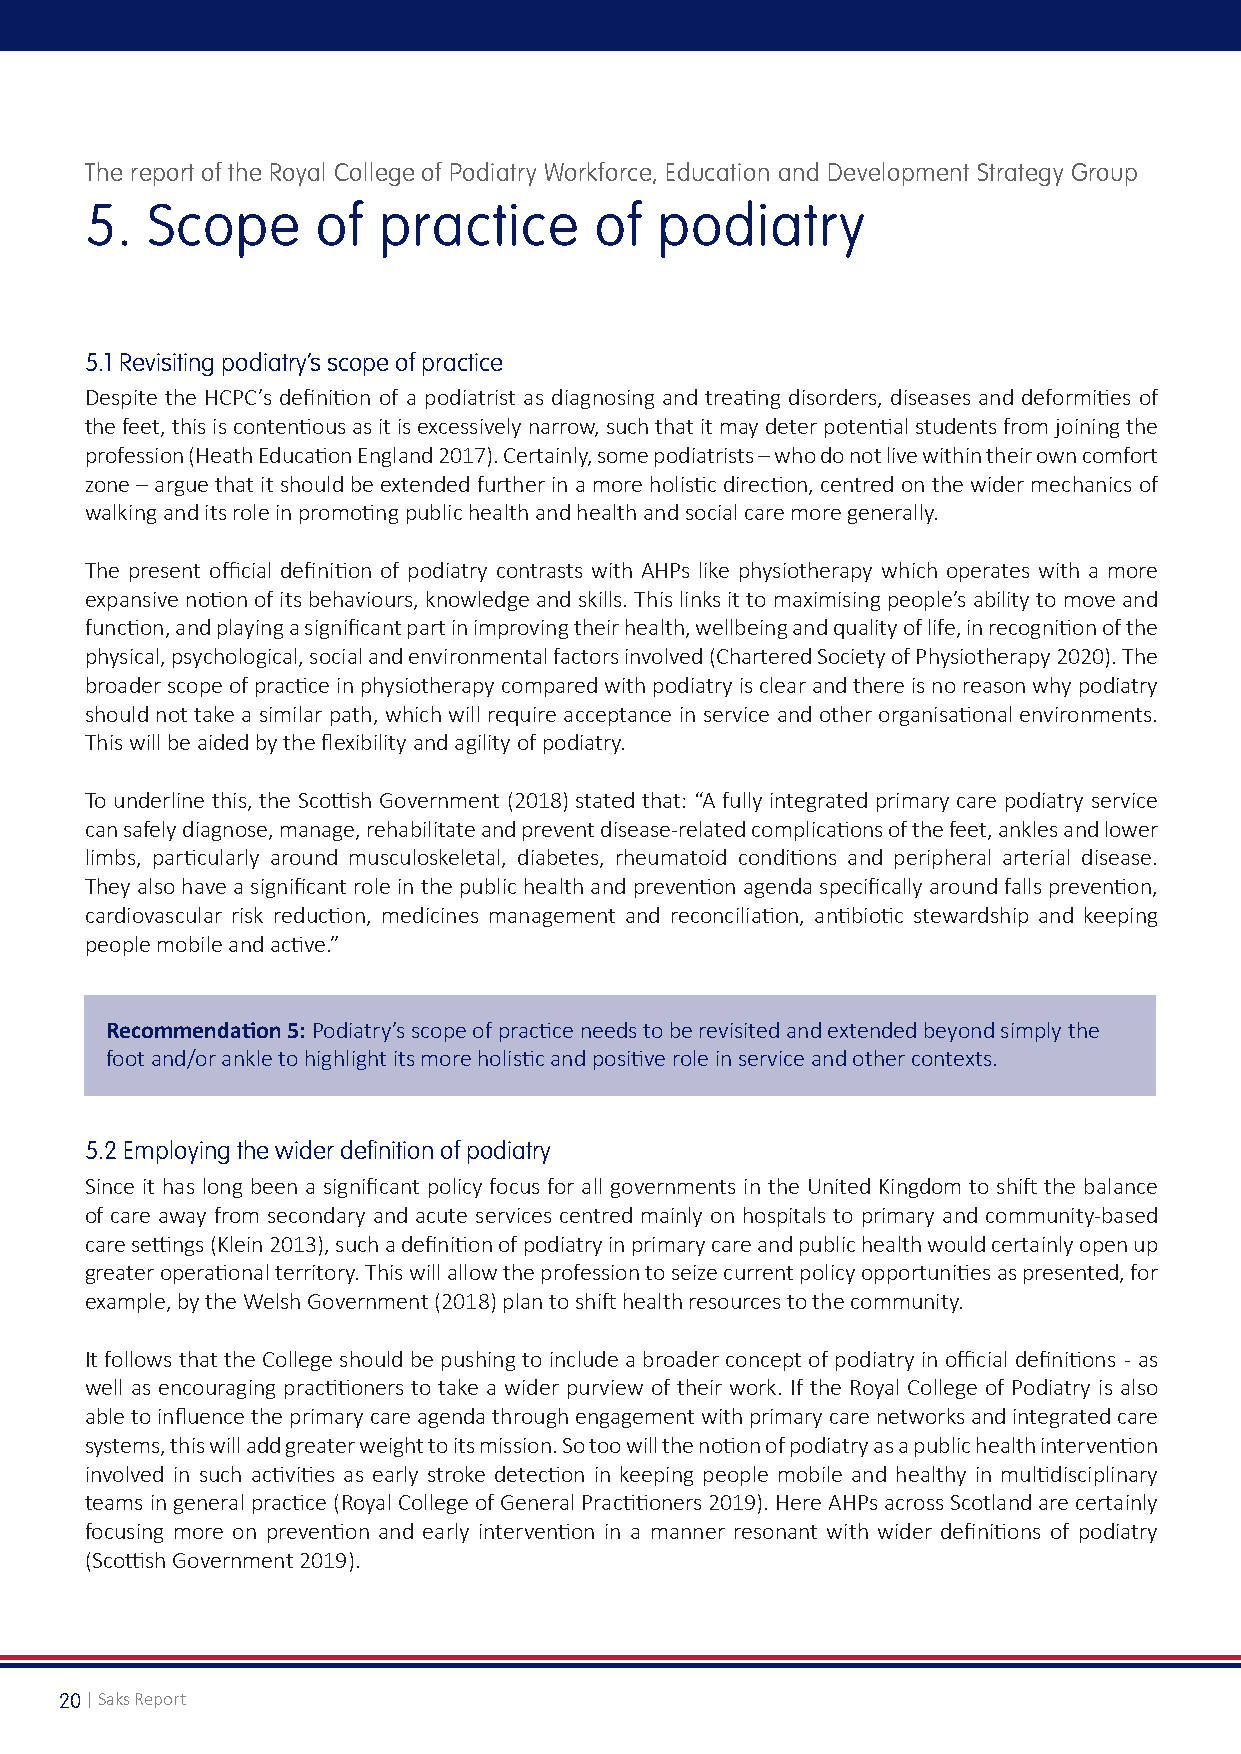
The report of the Royal College of Podiatry Workforce, Education and Development Strategy Group
 5.  Scope      of  practice      of  podiatry
 5.1 Revisiting podiatry’s scope of practice
 Despite the HCPC’s definition of a podiatrist as diagnosing and treating disorders, diseases and deformities of
 the feet, this is contentious as it is excessively narrow, such that it may deter potential students from joining the
 profession (Heath Education England 2017). Certainly, some podiatrists – who do not live within their own comfort
 zone – argue that it should be extended further in a more holistic direction, centred on the wider mechanics of
 walking and its role in promoting public health and health and social care more generally.
 The present official definition of podiatry contrasts with AHPs like physiotherapy which operates with a more
 expansive notion of its behaviours, knowledge and skills. This links it to maximising people’s ability to move and
 function, and playing a significant part in improving their health, wellbeing and quality of life, in recognition of the
 physical, psychological, social and environmental factors involved (Chartered Society of Physiotherapy 2020). The
 broader scope of practice in physiotherapy compared with podiatry is clear and there is no reason why podiatry
 should not take a similar path, which will require acceptance in service and other organisational environments.
 This will be aided by the flexibility and agility of podiatry.
 To underline this, the Scottish Government (2018) stated that: “A fully integrated primary care podiatry service
 can safely diagnose, manage, rehabilitate and prevent disease-related complications of the feet, ankles and lower
 limbs, particularly around musculoskeletal, diabetes, rheumatoid conditions and peripheral arterial disease.
 They also have a significant role in the public health and prevention agenda specifically around falls prevention,
 cardiovascular risk reduction, medicines management and reconciliation, antibiotic stewardship and keeping
 people mobile and active.”
 Recommendation 5: Podiatry’s scope of practice needs to be revisited and extended beyond simply the
 foot and/or ankle to highlight its more holistic and positive role in service and other contexts.
 5.2 Employing the wider definition of podiatry
 Since it has long been a significant policy focus for all governments in the United Kingdom to shift the balance
 of care away from secondary and acute services centred mainly on hospitals to primary and community-based
 care settings (Klein 2013), such a definition of podiatry in primary care and public health would certainly open up
 greater operational territory. This will allow the profession to seize current policy opportunities as presented, for
 example, by the Welsh Government (2018) plan to shift health resources to the community.
 It follows that the College should be pushing to include a broader concept of podiatry in official definitions - as
 well as encouraging practitioners to take a wider purview of their work. If the Royal College of Podiatry is also
 able to influence the primary care agenda through engagement with primary care networks and integrated care
 systems, this will add greater weight to its mission. So too will the notion of podiatry as a public health intervention
 involved in such activities as early stroke detection in keeping people mobile and healthy in multidisciplinary
 teams in general practice (Royal College of General Practitioners 2019). Here AHPs across Scotland are certainly
 focusing more on prevention and early intervention in a manner resonant with wider definitions of podiatry
 (Scottish Government 2019).
 20 | Saks Report